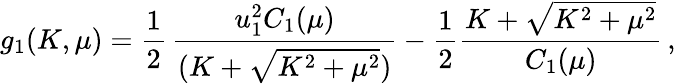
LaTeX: g_{1}(K,\mu)={\frac{1}{2}}\, {\frac{u_{1}^{2}C_{1}(\mu)}{(K+\sqrt{K^{2}+\mu^{2}})}}-{\frac{1}{2}}{\frac{K+\sqrt{K^{2}+\mu^{2}}}{C_{1}(\mu)}}\, ,